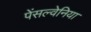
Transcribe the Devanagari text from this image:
पेंसल्वेनिया